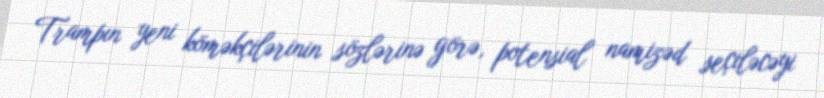
Trampın yeni köməkçilərinin sözlərinə görə, potensial namizəd seçiləcəyi